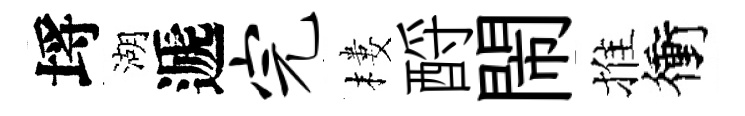
埓湖遞完樓酹閙推衝